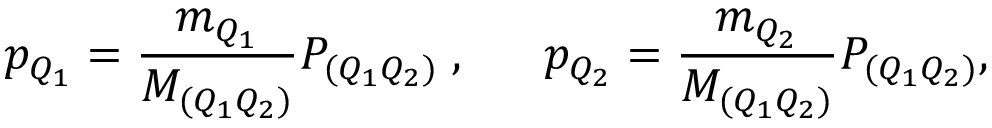
p _ { Q _ { 1 } } = \frac { m _ { Q _ { 1 } } } { M _ { ( Q _ { 1 } Q _ { 2 } ) } } P _ { ( Q _ { 1 } Q _ { 2 } ) } \; , \; \; \quad p _ { Q _ { 2 } } = \frac { m _ { Q _ { 2 } } } { M _ { ( Q _ { 1 } Q _ { 2 } ) } } P _ { ( Q _ { 1 } Q _ { 2 } ) } ,